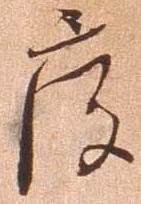
度